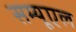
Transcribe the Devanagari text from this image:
सम्यूएल